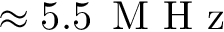
\approx 5 . 5 \, \mathrm { ~ M ~ H ~ z ~ }